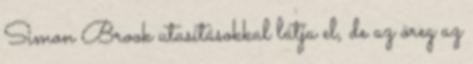
Simon Brook utasításokkal látja el, de az öreg az